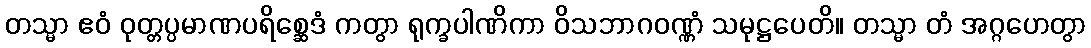
တသ္မာ ဧဝံ ဝုတ္တပ္ပမာဏပရိစ္ဆေဒံ ကတွာ ရုက္ခပါဏိကာ ဝိသဘာဂဝဏ္ဏံ သမုဋ္ဌပေတိ။ တသ္မာ တံ အဂ္ဂဟေတွာ